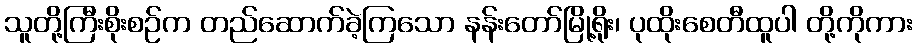
သူတို့ကြီးစိုးစဉ်က တည်ဆောက်ခဲ့ကြသော နန်းတော်မြို့ရိုး၊ ပုထိုးစေတီထူပါ တို့ကိုကား